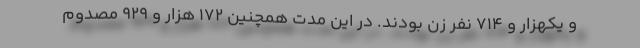
و یکهزار و ۷۱۴ نفر زن بودند. در این مدت همچنین ۱۷۲ هزار و ۹۲۹ مصدوم